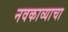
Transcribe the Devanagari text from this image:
नवकाव्याचा